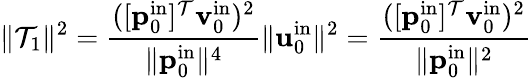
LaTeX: \| \mathcal{T}_{1}\| ^{2}=\frac{{([\mathbf{{p}}_{0}^{\mathrm{{in}}}]^{\mathcal{T}}\mathbf{{v}}_{0}^{\mathrm{{in}}})^{2}}}{{\| \mathbf{{p}}_{0}^{\mathrm{{in}}}\| ^{4}}}\| \mathbf{{u}}_{0}^{\mathrm{{in}}}\| ^{2}=\frac{{([\mathbf{{p}}_{0}^{\mathrm{{in}}}]^{\mathcal{T}}\mathbf{{v}}_{0}^{\mathrm{{in}}})^{2}}}{{\| \mathbf{{p}}_{0}^{\mathrm{{in}}}\| ^{2}}}